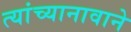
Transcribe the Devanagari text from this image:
त्यांच्यानावाने